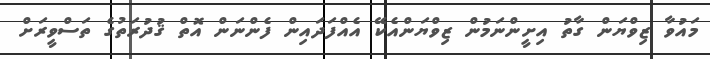
މައުވާ ޒިވްޔަން ގާތު އިށީންނަމުން ޒިވްޔަންއެކޭ އެއްފަދައިން ފެންނަން އޮތް ޤުދުރަތުގެ ތަސްވީރަށް